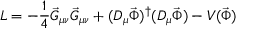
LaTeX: { \cal L } = - \frac { 1 } { 4 } \vec { G } _ { \mu \nu } \vec { G } _ { \mu \nu } + ( D _ { \mu } \vec { \Phi } ) ^ { \dagger } ( D _ { \mu } \vec { \Phi } ) - V ( \vec { \Phi } )